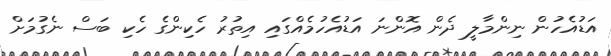
އަޑުއެހުން ނިންމާލީ ދެން އޮންނަ އަޑުއެހުމެއްގައި އިތުރު ހެކިންގެ ހެކި ބަސް ނެގުމަށް